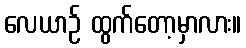
လေယာဉ် ထွက်တော့မှာလား။